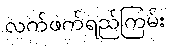
လက်ဖက်ရည်ကြမ်း